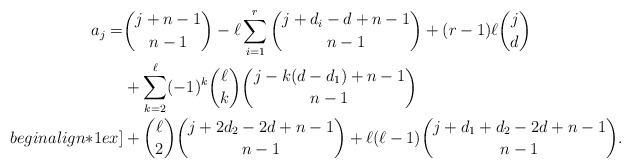
\begin{align*}a_j = & \binom{j+n-1}{n-1} - \ell \sum^r_{i=1} \binom{j + d_i - d+ n-1}{n-1} + (r-1) \ell \binom{j}{d} \\& + \sum_{k=2}^\ell (-1)^k \binom{\ell}{k} \binom{j - k (d - d_1)+ n-1}{n-1} \\begin{align*}1ex]& + \binom{\ell}{2} \binom{j + 2 d_2 - 2 d + n-1}{n-1} + \ell (\ell -1) \binom{j + d_1 + d_2 - 2 d+ n-1}{n-1}. \end{align*}